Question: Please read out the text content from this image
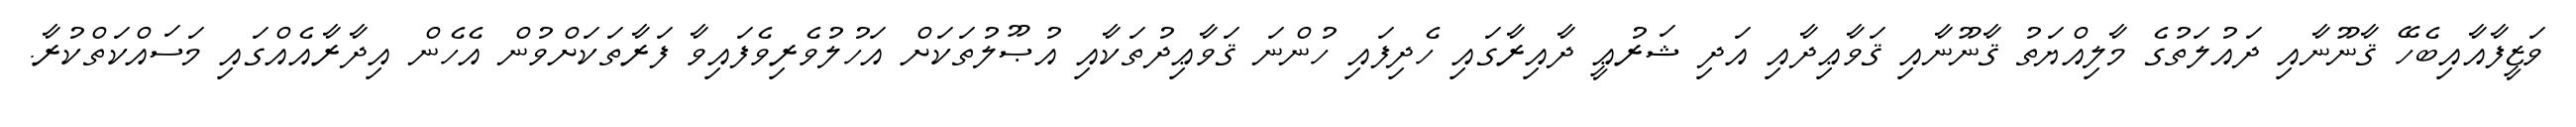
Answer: ވަޒީފާއާއިބެހޭ ޤާނޫނާއި ދައުލަތުގެ މާލިއްޔަތު ޤާނޫނާއި ޤަވާޢިދާއި އަދި ޝަރުޢީ ދާއިރާގައި ހެދިފައި ހުންނަ ޤަވާޢިދުތަކާއި އުޞޫލުތަކަށް އަހުލުވެރިވެފައިވާ ފަރާތަކަށްވުން އެހެން އިދާރާއެއްގައި މަސައްކަތްކުރާ.